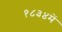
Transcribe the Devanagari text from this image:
१८३४में